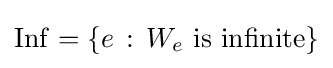
\mathrm {Inf} =\{e\,:\,W_{e}{\text{ is infinite}}\}